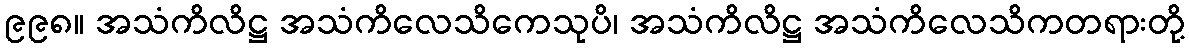
၉၉၈။ အသံကိလိဋ္ဌ အသံကိလေသိကေသုပိ၊ အသံကိလိဋ္ဌ အသံကိလေသိကတရားတို့